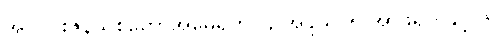
အပူပိုင်းဇုန်သစ်တောအမေရိက၊ ၄ အိန္ဒိယ၊ ၅ အာဖရိကနှင့် ၆